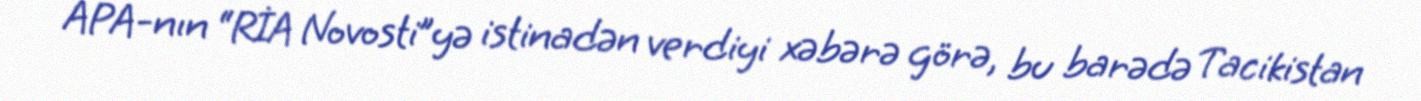
APA-nın “RİA Novosti”yə istinadən verdiyi xəbərə görə, bu barədə Tacikistan